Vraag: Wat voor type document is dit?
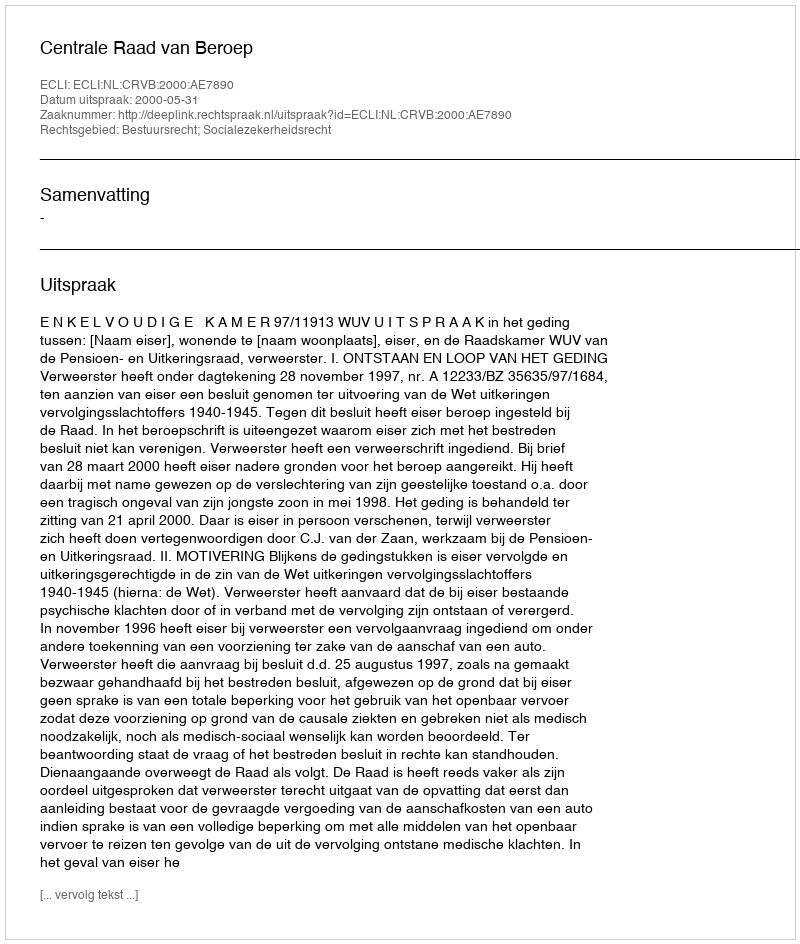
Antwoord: Uitspraak